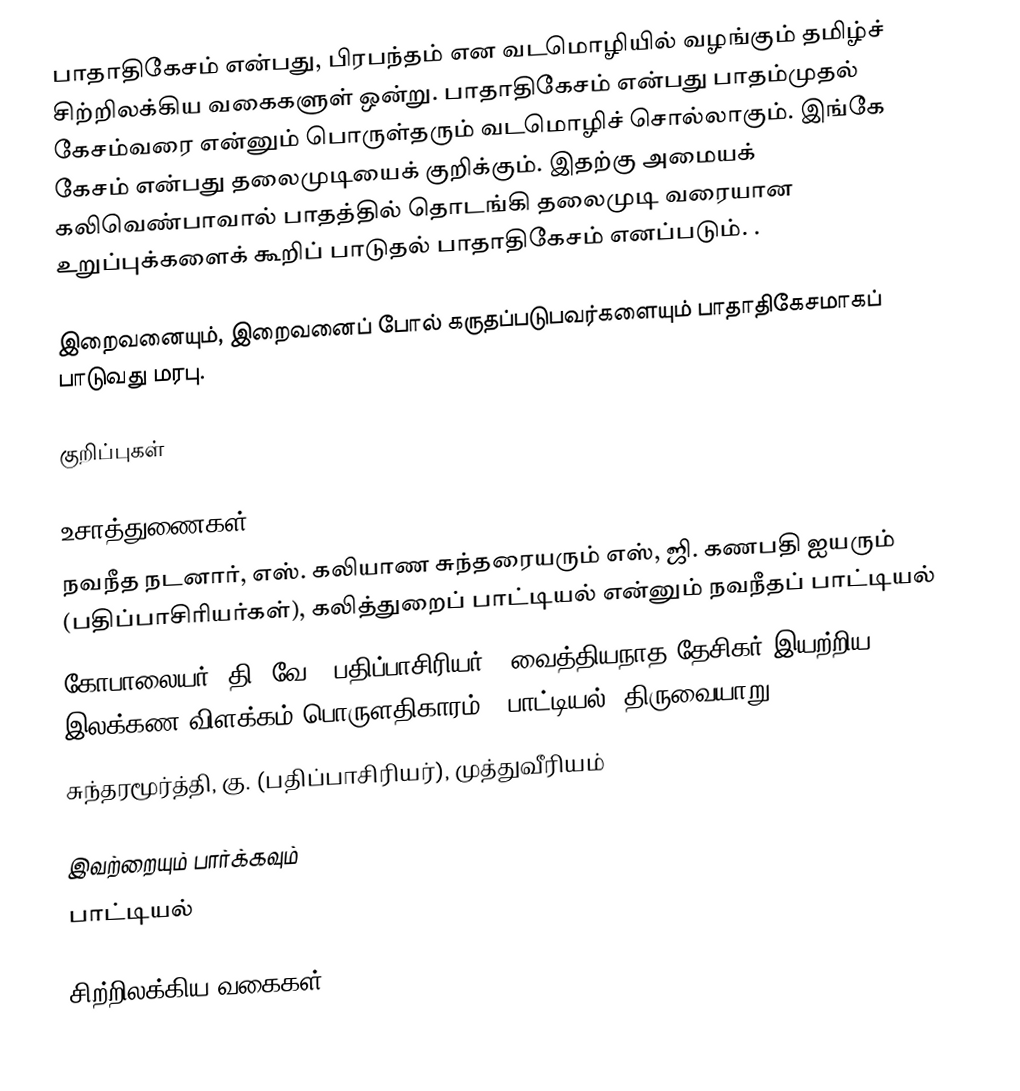
பாதாதிகேசம் என்பது, பிரபந்தம் என வடமொழியில் வழங்கும் தமிழ்ச் சிற்றிலக்கிய வகைகளுள் ஒன்று. பாதாதிகேசம் என்பது பாதம்முதல் கேசம்வரை என்னும் பொருள்தரும் வடமொழிச் சொல்லாகும். இங்கே கேசம் என்பது தலைமுடியைக் குறிக்கும். இதற்கு அமையக் கலிவெண்பாவால் பாதத்தில் தொடங்கி தலைமுடி வரையான உறுப்புக்களைக் கூறிப் பாடுதல் பாதாதிகேசம் எனப்படும். .

இறைவனையும், இறைவனைப் போல் கருதப்படுபவர்களையும் பாதாதிகேசமாகப் பாடுவது மரபு.

குறிப்புகள்

உசாத்துணைகள்
 நவநீத நடனார், எஸ். கலியாண சுந்தரையரும் எஸ், ஜி. கணபதி ஐயரும் (பதிப்பாசிரியர்கள்), கலித்துறைப் பாட்டியல் என்னும் நவநீதப் பாட்டியல்
 கோபாலையர், தி. வே. (பதிப்பாசிரியர்), வைத்தியநாத தேசிகர் இயற்றிய இலக்கண விளக்கம் பொருளதிகாரம் - பாட்டியல், திருவையாறு.
 சுந்தரமூர்த்தி, கு. (பதிப்பாசிரியர்), முத்துவீரியம்

இவற்றையும் பார்க்கவும்
 பாட்டியல்

சிற்றிலக்கிய வகைகள்